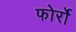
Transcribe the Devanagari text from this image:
फोर्रो